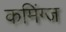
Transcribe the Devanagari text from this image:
कमिंग्ज